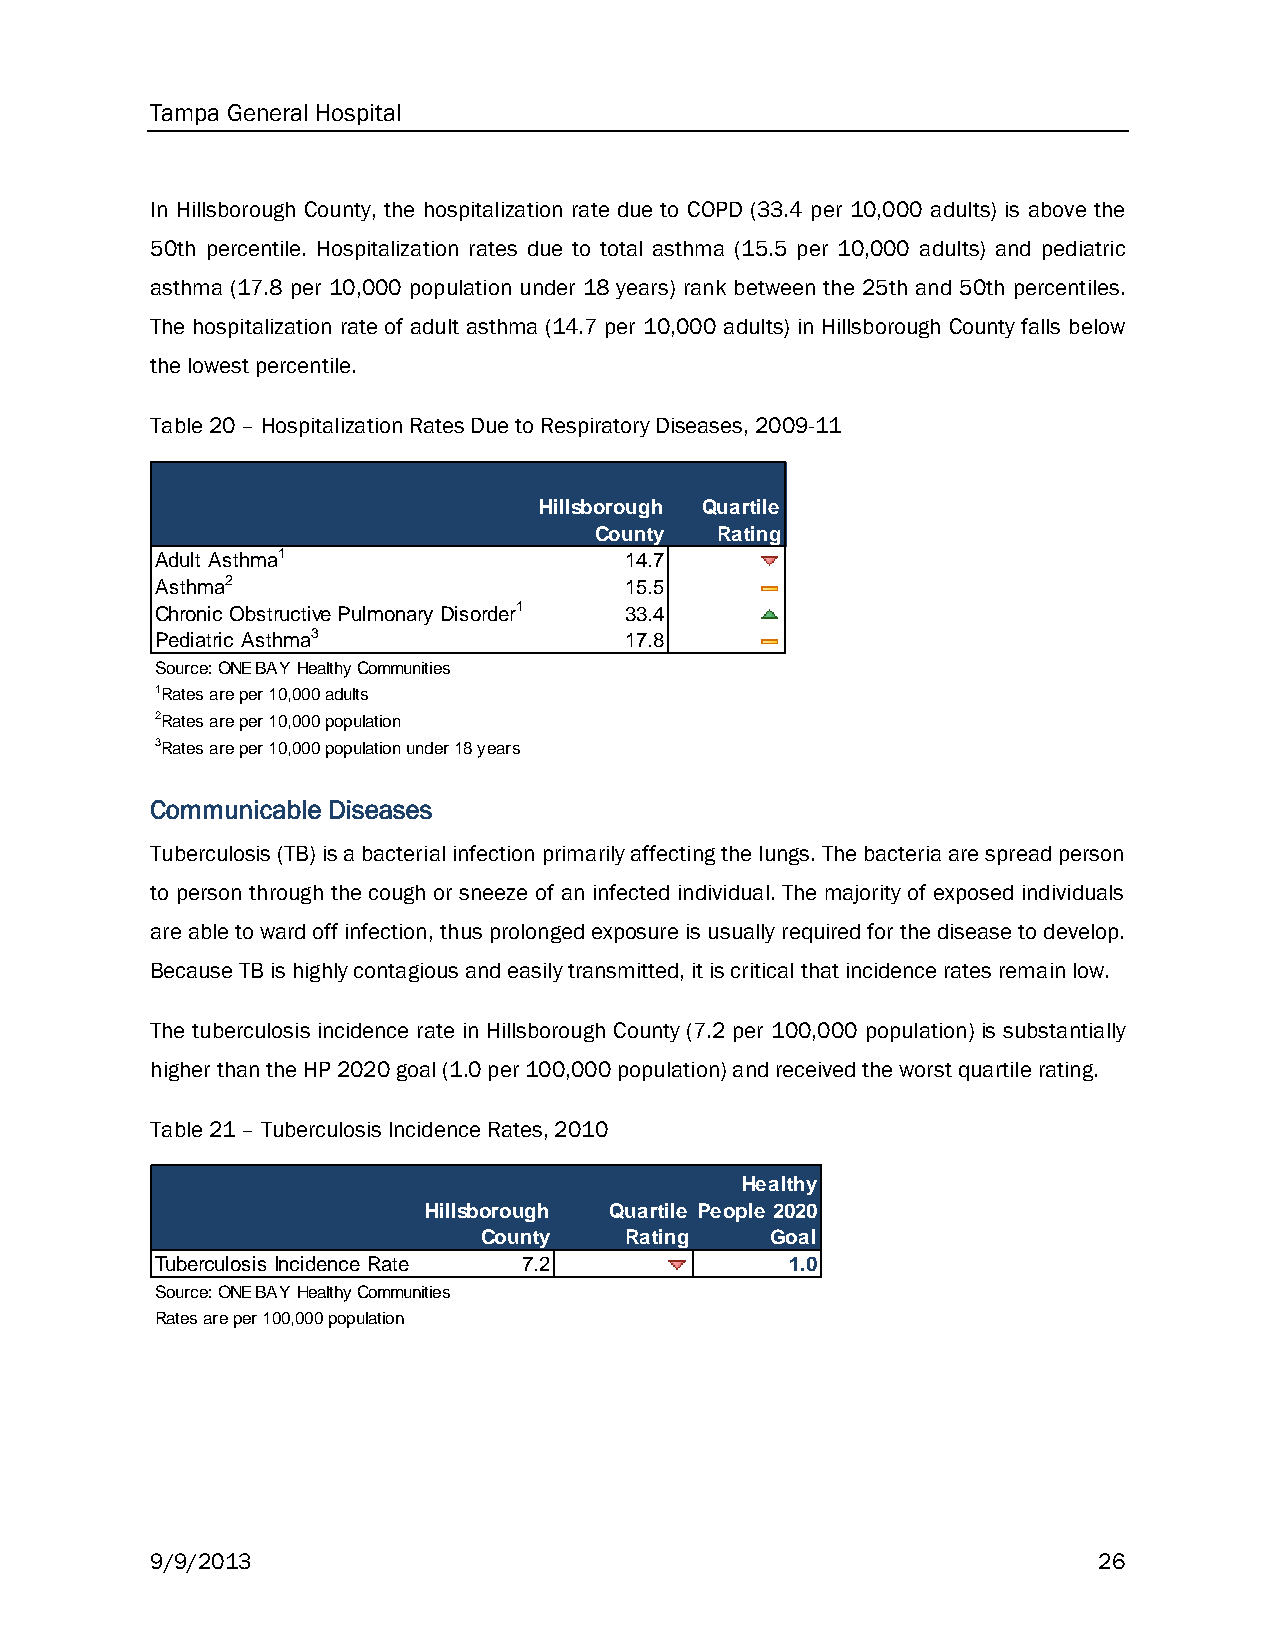
Tampa General Hospital
 In Hillsborough County, the hospitalization rate due to COPD (33.4 per 10,000 adults) is above the
 50th percentile. Hospitalization rates due to total asthma (15.5 per 10,000 adults) and pediatric
 asthma (17.8 per 10,000 population under 18 years) rank between the 25th and 50th percentiles.
 The hospitalization rate of adult asthma (14.7 per 10,000 adults) in Hillsborough County falls below
 the lowest percentile.
 Table 20 – Hospitalization Rates Due to Respiratory Diseases, 2009-11
 Hillsborough Quartile
 County  Rating
 Adult Asthma1                  14.7
 Asthma2                        15.5
 Chronic Obstructive Pulmonary Disorder1 33.4
 Pediatric Asthma3              17.8
 Source: ONE BAY Healthy Communities
 1Rates are per 10,000 adults
 2Rates are per 10,000 population
 3Rates are per 10,000 population under 18 years
 Communicable Diseases
 Tuberculosis (TB) is a bacterial infection primarily affecting the lungs. The bacteria are spread person
 to person through the cough or sneeze of an infected individual. The majority of exposed individuals
 are able to ward off infection, thus prolonged exposure is usually required for the disease to develop.
 Because TB is highly contagious and easily transmitted, it is critical that incidence rates remain low.
 The tuberculosis incidence rate in Hillsborough County (7.2 per 100,000 population) is substantially
 higher than the HP 2020 goal (1.0 per 100,000 population) and received the worst quartile rating.
 Table 21 – Tuberculosis Incidence Rates, 2010
 Healthy
 Hillsborough Quartile People 2020
 County   Rating    Goal
 Tuberculosis Incidence Rate 7.2           1.0
 Source: ONE BAY Healthy Communities
 Rates are per 100,000 population
 9/9/2013                                                       26